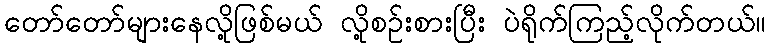
တော်တော်များနေလို့ဖြစ်မယ် လို့စဉ်းစားပြီး ပဲရိုက်ကြည့်လိုက်တယ်။